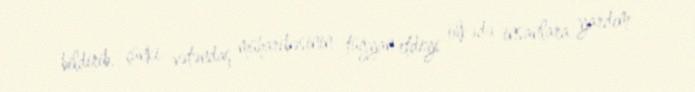
bildirib, çünki vətəndaş müharibəsinin tüğyan etdiyi ölkədə insanlara yardım